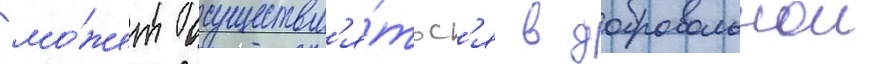
мо́жет осуществл'я́тьс'я в добровольнои